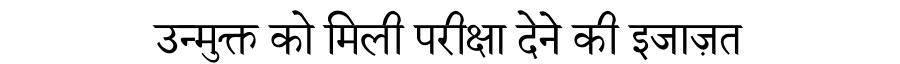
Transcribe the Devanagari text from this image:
उन्मुक्त को मिली परीक्षा देने की इजाज़त